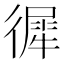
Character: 徲